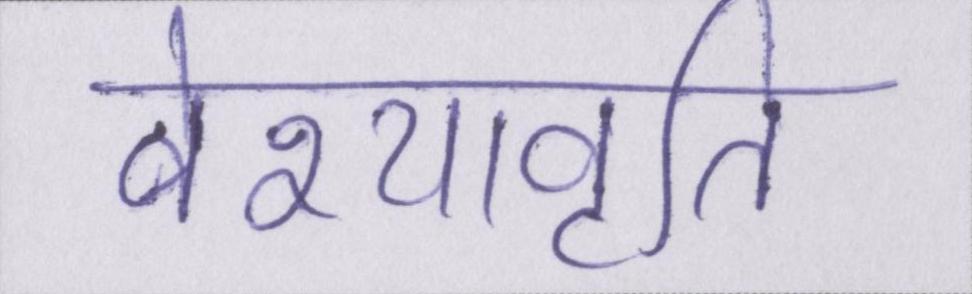
वेश्यावृति